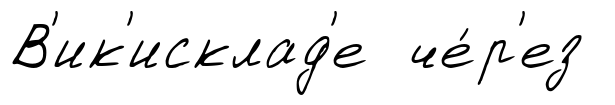
В'ик'исклад'е че́р'ез